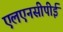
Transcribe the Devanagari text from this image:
एलएनसीपीई